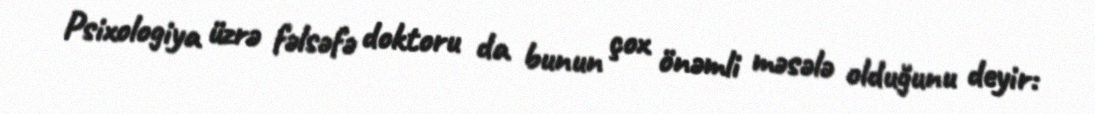
Psixologiya üzrə fəlsəfə doktoru da bunun çox önəmli məsələ olduğunu deyir: